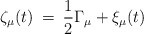
\begin{align*}\zeta_{\mu}(t) \> = \>\frac{1}{2 } \Gamma_{\mu} + \xi_{\mu}(t) \end{align*}